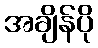
အချိန်ပို